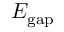
E _ { \mathrm { g a p } }